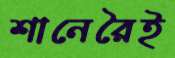
শানেরৈই